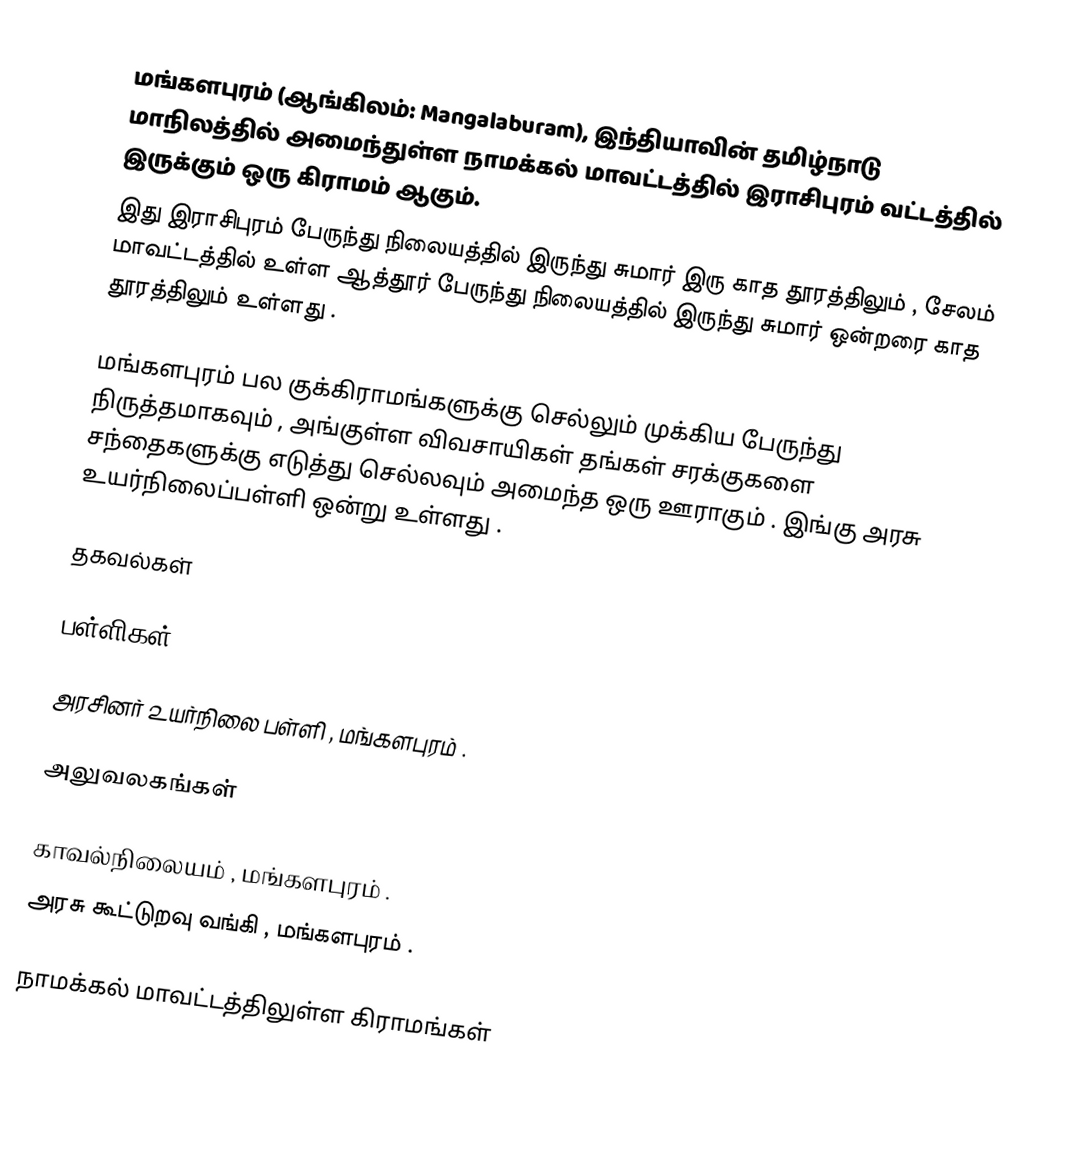
மங்களபுரம்  (ஆங்கிலம்: Mangalaburam), இந்தியாவின் தமிழ்நாடு மாநிலத்தில் அமைந்துள்ள நாமக்கல் மாவட்டத்தில் இராசிபுரம் வட்டத்தில் இருக்கும் ஒரு கிராமம் ஆகும்.
இது இராசிபுரம் பேருந்து நிலையத்தில் இருந்து சுமார் இரு காத தூரத்திலும் , சேலம் மாவட்டத்தில் உள்ள ஆத்தூர் பேருந்து நிலையத்தில் இருந்து சுமார் ஒன்றரை காத தூரத்திலும் உள்ளது .

மங்களபுரம் பல குக்கிராமங்களுக்கு செல்லும் முக்கிய பேருந்து நிருத்தமாகவும் , அங்குள்ள விவசாயிகள் தங்கள் சரக்குகளை சந்தைகளுக்கு எடுத்து செல்லவும் அமைந்த ஒரு ஊராகும் . இங்கு அரசு உயர்நிலைப்பள்ளி ஒன்று உள்ளது .

தகவல்கள்

பள்ளிகள்

 அரசினர் ௨யர்நிலை பள்ளி , மங்களபுரம் .

அலுவலகங்கள்

 காவல்நிலையம் , மங்களபுரம் .
 அரசு கூட்டுறவு வங்கி , மங்களபுரம் .

நாமக்கல் மாவட்டத்திலுள்ள கிராமங்கள்